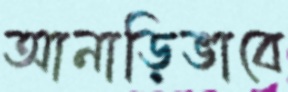
আনাড়িভাবে